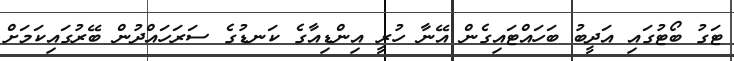
ޓަގު ބޯޓުގައި އަދީބު ބަހައްޓައިގެން އޭނާ ހުރީ އިންޑިއާގެ ކަނޑުގެ ސަރަހައްދުން ބޭރުގައިކަމަށް